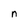
Character: n